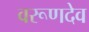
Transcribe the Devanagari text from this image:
वरूणदेव